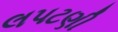
લપટણી